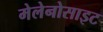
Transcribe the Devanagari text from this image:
मेलेनोसाइट